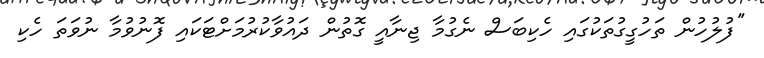
''ފުލުހުން ތަހުގީގުތަކުގައި ހެކިބަސް ނެގުމާ ޖިނާއީ ގޮތުން ދައުވާކުރުމަށްޓަކައި ފޮނުވުމާ ނުވަތަ ހެކި